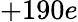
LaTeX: +190e